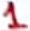
Text: 1